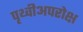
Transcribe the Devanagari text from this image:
पृथ्वीअपरोक्ष